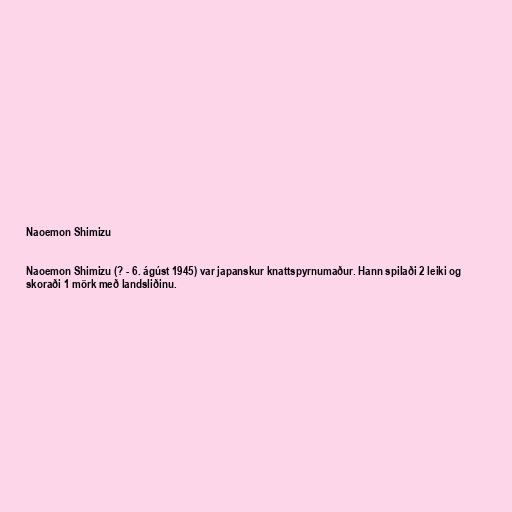
Naoemon Shimizu

Naoemon Shimizu (? - 6. ágúst 1945) var japanskur knattspyrnumaður. Hann spilaði 2 leiki og
skoraði 1 mörk með landsliðinu.